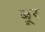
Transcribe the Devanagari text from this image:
बूर